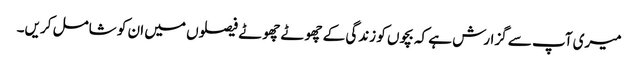
میری آپ سے گزارش ہے کہ بچوں کو زندگی کے چھوٹے چھوٹے فیصلوں میں ان کو شامل کریں۔